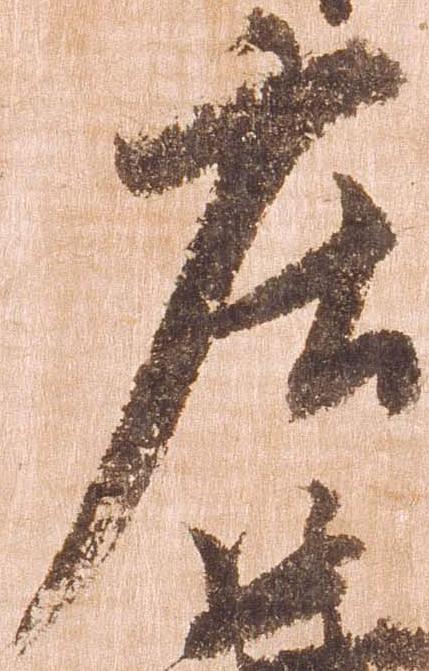
庄